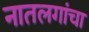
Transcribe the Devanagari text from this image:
नातलगांचा